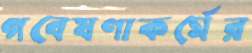
গবেষণাকর্মের